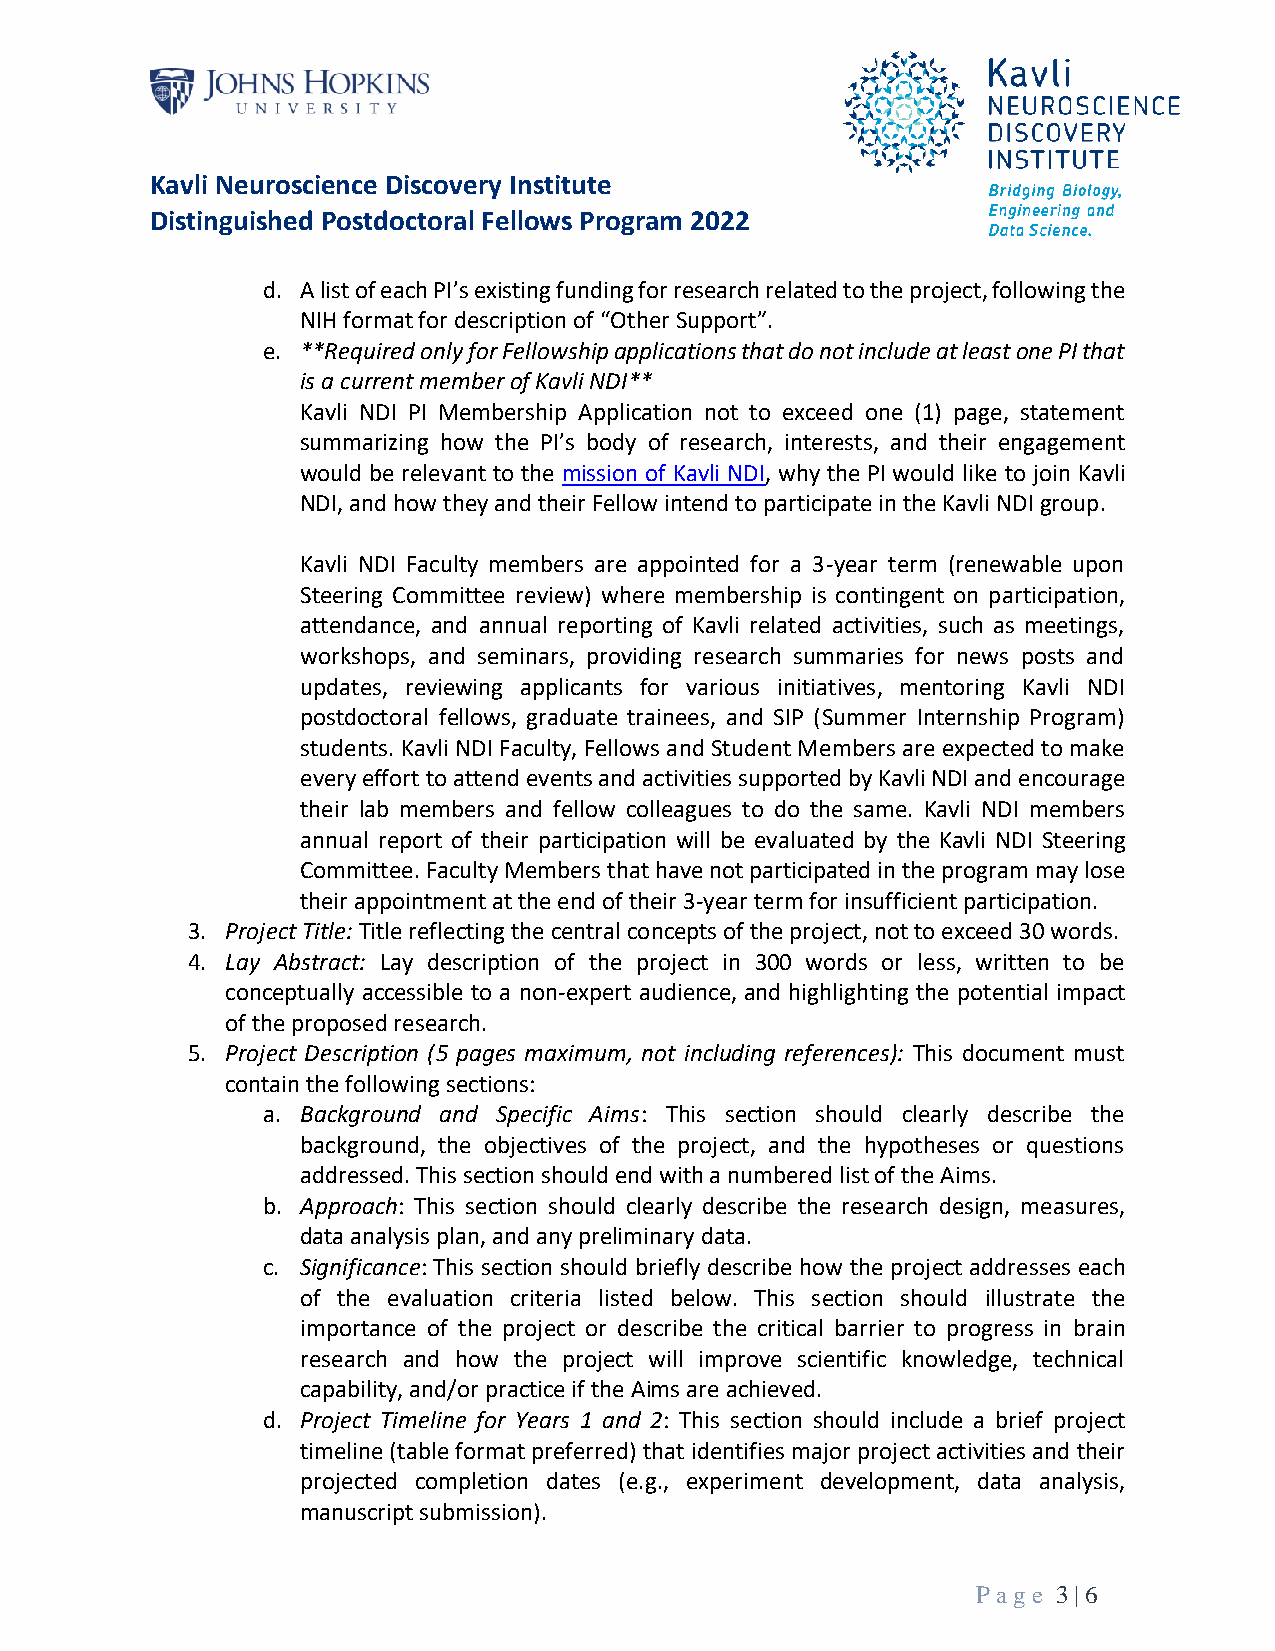
Kavli Neuroscience Discovery Institute
 Distinguished Postdoctoral Fellows Program 2022
 d. A list of each PI’s existing funding for research related to the project, following the
 NIH format for description of “Other Support”.
 e. **Required only for Fellowship applications that do not include at least one PI that
 is a current member of Kavli NDI**
 Kavli NDI PI Membership Application not to exceed one (1) page, statement
 summarizing how the PI’s body of research, interests, and their engagement
 would be relevant to the mission of Kavli NDI, why the PI would like to join Kavli
 NDI, and how they and their Fellow intend to participate in the Kavli NDI group.
 Kavli NDI Faculty members are appointed for a 3-year term (renewable upon
 Steering Committee review) where membership is contingent on participation,
 attendance, and annual reporting of Kavli related activities, such as meetings,
 workshops, and seminars, providing research summaries for news posts and
 updates, reviewing applicants for various initiatives, mentoring Kavli NDI
 postdoctoral fellows, graduate trainees, and SIP (Summer Internship Program)
 students. Kavli NDI Faculty, Fellows and Student Members are expected to make
 every effort to attend events and activities supported by Kavli NDI and encourage
 their lab members and fellow colleagues to do the same. Kavli NDI members
 annual report of their participation will be evaluated by the Kavli NDI Steering
 Committee. Faculty Members that have not participated in the program may lose
 their appointment at the end of their 3-year term for insufficient participation.
 3. Project Title: Title reflecting the central concepts of the project, not to exceed 30 words.
 4. Lay Abstract: Lay description of the project in 300 words or less, written to be
 conceptually accessible to a non-expert audience, and highlighting the potential impact
 of the proposed research.
 5. Project Description (5 pages maximum, not including references): This document must
 contain the following sections:
 a. Background and Specific Aims: This section should clearly describe the
 background, the objectives of the project, and the hypotheses or questions
 addressed. This section should end with a numbered list of the Aims.
 b. Approach: This section should clearly describe the research design, measures,
 data analysis plan, and any preliminary data.
 c. Significance: This section should briefly describe how the project addresses each
 of the evaluation criteria listed below. This section should illustrate the
 importance of the project or describe the critical barrier to progress in brain
 research and how the project will improve scientific knowledge, technical
 capability, and/or practice if the Aims are achieved.
 d. Project Timeline for Years 1 and 2: This section should include a brief project
 timeline (table format preferred) that identifies major project activities and their
 projected completion dates (e.g., experiment development, data analysis,
 manuscript submission).
 P age 3 | 6